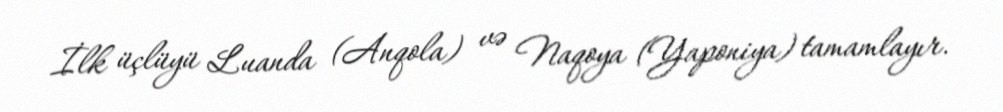
İlk üçlüyü Luanda (Anqola) və Naqoya (Yaponiya) tamamlayır.